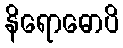
နိရောဓောပိ